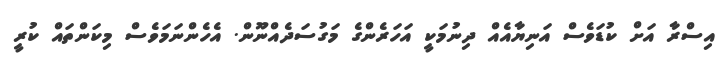
އިސްރާ އަށް ކުޑަވެސް އަނިޔާއެއް ދިނުމަކީ އަހަރެންގެ މަގުސަދެއްނޫން. އެހެންނަމަވެސް މިކަންތައް ކުރީ